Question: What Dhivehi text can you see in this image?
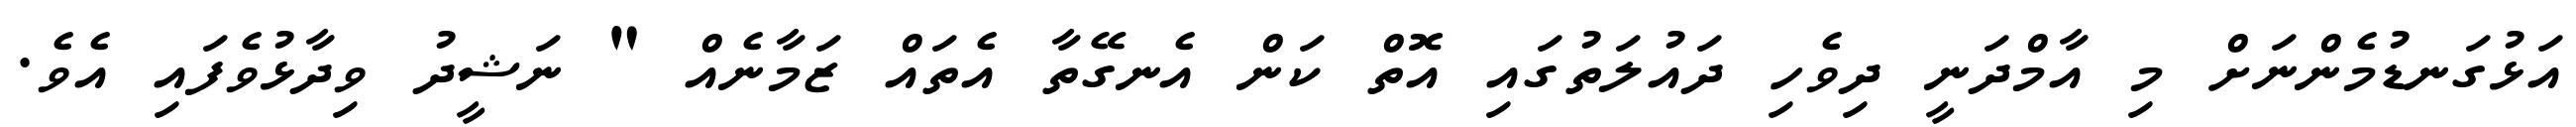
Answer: އަޅުގަނޑުމެންނަށް މި އާމްދަނީ ދިވެހި ދައުލަތުގައި އޮތް ކަން އެނގޭތާ އެތައް ޒަމާނެއް " ނަޝީދު ވިދާޅުވެފައި އެވެ.